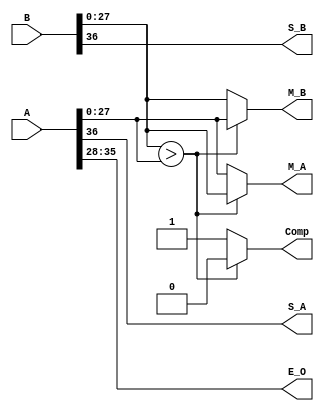
module n_subn 
(
    input       [36:0]  A, B,
    output              S_A, S_B,               // --> sign A & sign B
    output      [07:0]  E_O,                    // output exponent
    output reg     [27:0]  M_A,                    // Mantissa A
    output reg  [27:0]  M_B,                    // Mantissa B 
    output reg          Comp                    // comparison
);
    
assign S_A = A[36];                 // --> sign A
assign S_B = B[36];                 //     sign B

assign E_O = A[35:28] ; 

// assign M_A = A[27:0] ;              // M_A --> Mantissa of input A
// assign M_B = B[27:0] ;              // M_B --> Mantissa of input B

// assign Comp = (B[27:0] > A[27:0]) ? 1'b0    // B > A
//             : 1'b1;                         // A >= B


always @ (*) begin

    if (B[27:0] > A[27:0]) begin
        Comp = 1'b0;
        M_A = B[27:0];
        M_B = A[27:0];
    end

    else begin
        Comp = 1'b1;
        M_A = A[27:0];
        M_B = B[27:0]; 
    end

end


endmodule